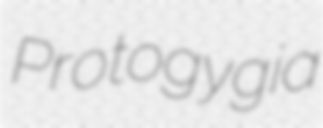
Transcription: Protogygia